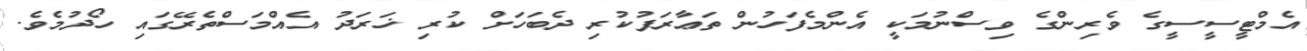
އެމްޓީސީސީގެ ވެރިންގެ ވިސްނުމަކީ އެންމެފަހުން ތަޢާރަފުކުރި ދެބަހަށް ކުރި ޚަރަދު އެއްމަސްތެރޭގައި ހޯދުމެވެ.